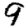
Digit: 9